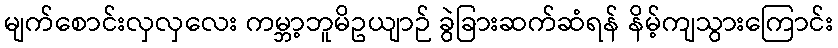
မျက်စောင်းလှလှလေး ကမ္ဘာ့ဘူမိဥယျာဉ် ခွဲခြားဆက်ဆံရန် နိမ့်ကျသွားကြောင်း